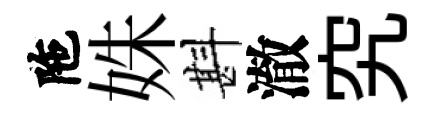
陁姝斟澈究